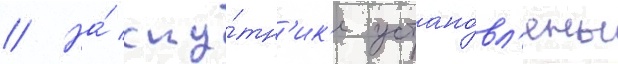
// На́ спу́тн'ик'е устано́вл'ены